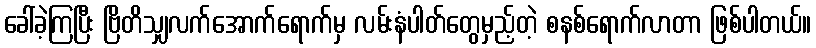
ခေါ်ခဲ့ကြပြီး ဗြိတိသျှလက်အောက်ရောက်မှ လမ်းနံပါတ်တွေမှည့်တဲ့ စနစ်ရောက်လာတာ ဖြစ်ပါတယ်။